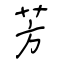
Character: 芳